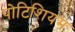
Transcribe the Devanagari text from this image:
पोटिशियम